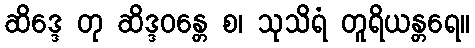
ဆိဒ္ဒေ တု ဆိဒ္ဒဝန္တေ စ၊ သုသိရံ တူရိယန္တရေ။